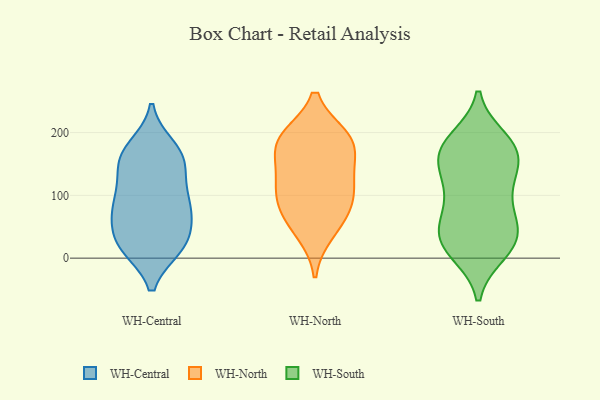
{"axis": {"x": "Latency (ms)", "y": "Value"}, "legend": ["WH-Central", "WH-North", "WH-South"], "data": [{"x": "", "y": 21, "type": "WH-Central"}, {"x": "", "y": 164, "type": "WH-Central"}, {"x": "", "y": 152, "type": "WH-Central"}, {"x": "", "y": 25, "type": "WH-Central"}, {"x": "", "y": 168, "type": "WH-Central"}, {"x": "", "y": 60, "type": "WH-Central"}, {"x": "", "y": 20, "type": "WH-Central"}, {"x": "", "y": 116, "type": "WH-Central"}, {"x": "", "y": 132, "type": "WH-Central"}, {"x": "", "y": 160, "type": "WH-Central"}, {"x": "", "y": 65, "type": "WH-Central"}, {"x": "", "y": 70, "type": "WH-Central"}, {"x": "", "y": 87, "type": "WH-Central"}, {"x": "", "y": 177, "type": "WH-Central"}, {"x": "", "y": 86, "type": "WH-Central"}, {"x": "", "y": 91, "type": "WH-Central"}, {"x": "", "y": 17, "type": "WH-Central"}, {"x": "", "y": 17, "type": "WH-Central"}, {"x": "", "y": 100, "type": "WH-North"}, {"x": "", "y": 81, "type": "WH-North"}, {"x": "", "y": 192, "type": "WH-North"}, {"x": "", "y": 63, "type": "WH-North"}, {"x": "", "y": 182, "type": "WH-North"}, {"x": "", "y": 188, "type": "WH-North"}, {"x": "", "y": 188, "type": "WH-North"}, {"x": "", "y": 130, "type": "WH-North"}, {"x": "", "y": 144, "type": "WH-North"}, {"x": "", "y": 41, "type": "WH-North"}, {"x": "", "y": 106, "type": "WH-North"}, {"x": "", "y": 174, "type": "WH-South"}, {"x": "", "y": 20, "type": "WH-South"}, {"x": "", "y": 188, "type": "WH-South"}, {"x": "", "y": 34, "type": "WH-South"}, {"x": "", "y": 173, "type": "WH-South"}, {"x": "", "y": 120, "type": "WH-South"}, {"x": "", "y": 47, "type": "WH-South"}, {"x": "", "y": 17, "type": "WH-South"}, {"x": "", "y": 171, "type": "WH-South"}, {"x": "", "y": 129, "type": "WH-South"}, {"x": "", "y": 10, "type": "WH-South"}, {"x": "", "y": 74, "type": "WH-South"}, {"x": "", "y": 53, "type": "WH-South"}, {"x": "", "y": 29, "type": "WH-South"}, {"x": "", "y": 175, "type": "WH-South"}, {"x": "", "y": 128, "type": "WH-South"}, {"x": "", "y": 164, "type": "WH-South"}, {"x": "", "y": 88, "type": "WH-South"}]}